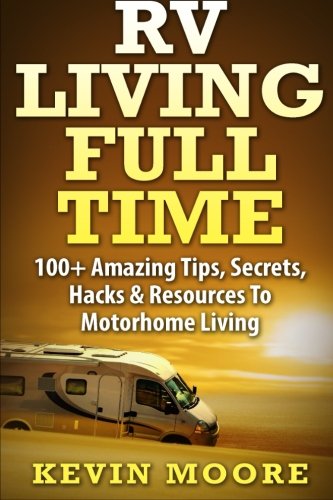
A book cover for RV Living Full Time:: 100+ Amazing Tips, Secrets, Hacks & Resources to Motorhome Living!; Kevin Moore; Travel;